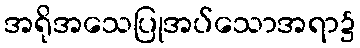
အရိုအသေပြုအပ်သောအရာ၌